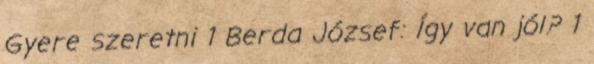
Gyere szeretni 1 Berda József: Így van jól? 1